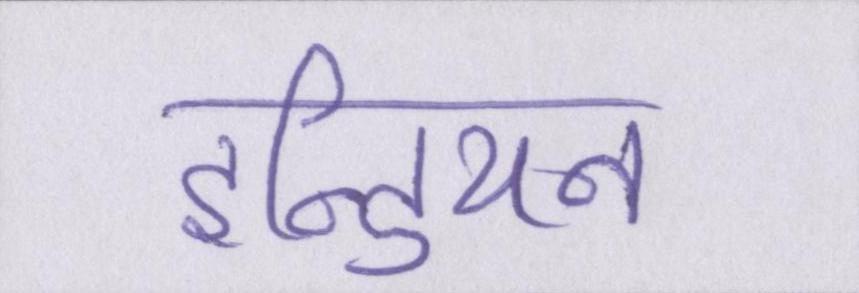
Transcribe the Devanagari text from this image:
इन्डियन